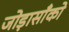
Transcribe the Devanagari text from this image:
जोड़ासाँको